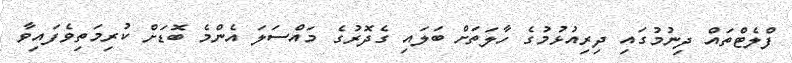
ފްލެޓްތައް ދިނުމުގައި ދިރިއުޅުމުގެ ހާލަތަށް ބަލައި ގެދޮރުގެ މައްސަލަ އެންމެ ބޮޑަށް ކުރިމަތިވެފައިވާ